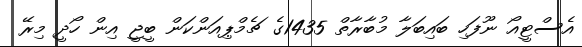
އެސްޓީއޯ ނޫފަހި ބައިބަލާ މުބާރާތް 1435ގެ ޗެމްޕިއަންކަން ބީޖީ އިން ހޯދީ މިރޭ